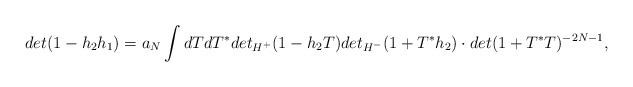
\begin{align*} det(1 - h_{2}h_{1}) = a_N \int dT dT^* det_{H^{+}}(1-h_{2}T)det_{H^{-}}(1+T^{*}h_{2}) \cdot det(1+T^{*}T)^{-2N-1},\end{align*}